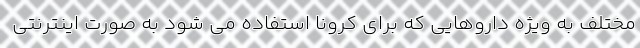
مختلف به ویژه داروهایی که برای کرونا استفاده می شود به صورت اینترنتی